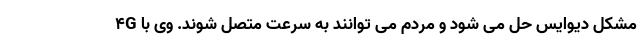
4G مشکل دیوایس حل می شود و مردم می توانند به سرعت متصل شوند. وی با